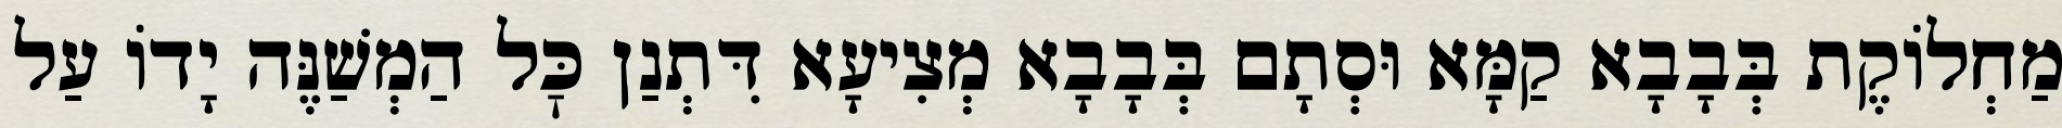
מַחְלוֹקֶת בְּבָבָא קַמָּא וּסְתָם בְּבָבָא מְצִיעָא דִּתְנַן כׇּל הַמְשַׁנֶּה יָדוֹ עַל